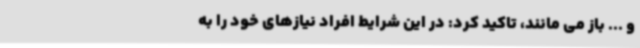
و ... باز می مانند، تاکید کرد: در این شرایط افراد نیازهای خود را به